Leaving Certificate Examination (including Day School Certificate (Higher) General paper), 1931
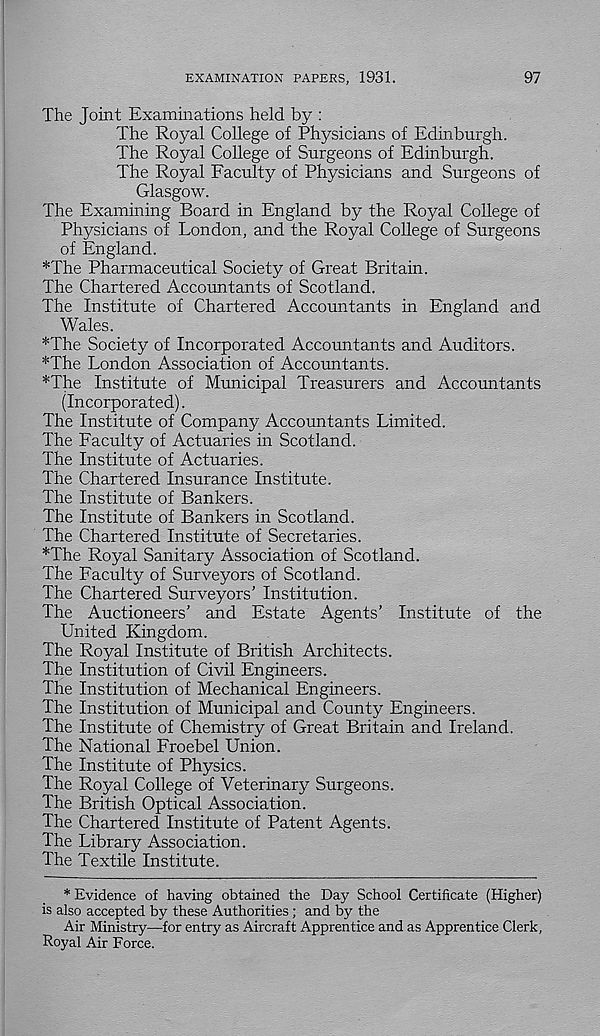
EXAMINATION PAPERS, 1931.
97
The Joint Examinations held by :
The Royal College of Physicians of Edinburgh.
The Royal College of Surgeons of Edinburgh.
The Royal Faculty of Physicians and Surgeons of
Glasgow.
The Examining Board in England by the Royal College of
Physicians of London, and the Royal College of Surgeons
of England.
*The Pharmaceutical Society of Great Britain.
The Chartered Accountants of Scotland.
The Institute of Chartered Accountants in England and
Wales.
*The Society of Incorporated Accountants and Auditors.
"The London Association of Accountants.
*The Institute of Municipal Treasurers and Accountants
(incorporated).
The Institute of Company Accountants Limited.
The Faculty of Actuaries in Scotland.
The Institute of Actuaries.
The Chartered Insurance Institute.
The Institute of Bankers.
The Institute of Bankers in Scotland.
The Chartered Institute of Secretaries.
*The Royal Sanitary Association of Scotland.
The Faculty of Surveyors of Scotland.
The Chartered Surveyors’ Institution.
The Auctioneers’ and Estate Agents’ Institute of the
United Kingdom.
The Royal Institute of British Architects.
The Institution of Civil Engineers.
The Institution of Mechanical Engineers.
The Institution of Municipal and County Engineers.
The Institute of Chemistry of Great Britain and Ireland.
The National Froebel Union.
The Institute of Physics.
The Royal College of Veterinary Surgeons.
The British Optical Association.
The Chartered Institute of Patent Agents.
The Library Association.
The Textile Institute.
* Evidence of having obtained the Day School Certificate (Higher)
is also accepted by these Authorities; and by the
Air Ministry—for entry as Aircraft Apprentice and as Apprentice Clerk,
Royal Air Force.